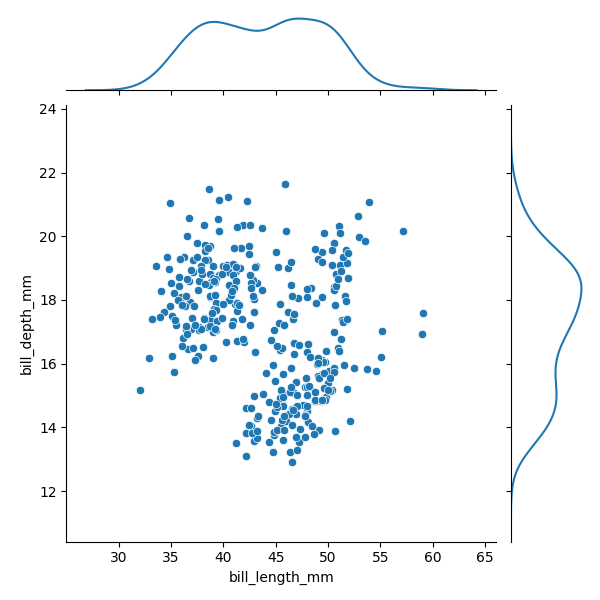
python, seaborn, JointGrid, scatterplot, kdeplot